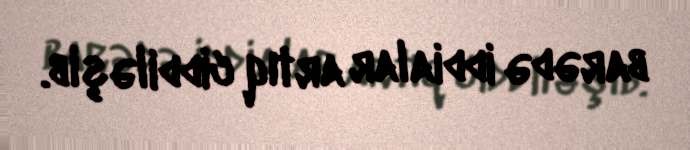
barədə iddialar artıq ciddiləşib.